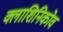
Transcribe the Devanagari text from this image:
क्लाशिनिकोव